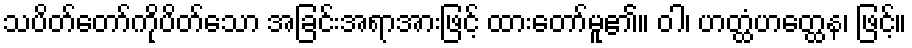
သပိတ်တော်ကိုပိတ်သော အခြင်းအရာအားဖြင့် ထားတော်မူ၏။ ဝါ၊ ဟတ္ထံဟတ္ထေန၊ ဖြင့်။